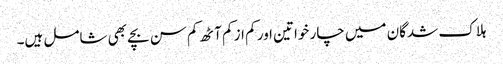
ہلاک شدگان میں چار خواتین اور کم از کم آٹھ کم سن بچے بھی شامل ہیں۔